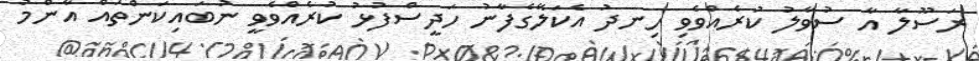
ރަސޫލާ އާ ސުވާލު ކުރެއްވެވި ހިނދު އެކަލޭގެފާނު ހަދީސްފުޅު ކުރެއްވެވީ ނުބައިކަންތައް އާންމު